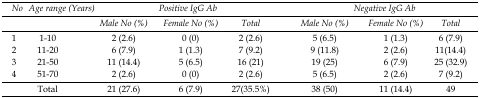
<table><thead><tr><td><b>No</b></td><td><b>Age range (Years)</b></td><td colspan="3"><b>Positive IgG Ab</b></td><td colspan="3"><b>Negative IgG Ab</b></td></tr><tr><td>[EMPTY_CELL]</td><td>[EMPTY_CELL]</td><td><b>Male No (%)</b></td><td><b>Female No (%)</b></td><td><b>Total</b></td><td><b>Male No (%)</b></td><td><b>Female No (%)</b></td><td><b>Total</b></td></tr></thead><tbody><tr><td>1</td><td>1-10</td><td>2 (2.6)</td><td>0 (0)</td><td>2 (2.6)</td><td>5 (6.5)</td><td>1 (1.3)</td><td>6 (7.9)</td></tr><tr><td>2</td><td>11-20</td><td>6 (7.9)</td><td>1 (1.3)</td><td>7 (9.2)</td><td>9 (11.8)</td><td>2 (2.6)</td><td>11(14.4)</td></tr><tr><td>3</td><td>21-50</td><td>11 (14.4)</td><td>5 (6.5)</td><td>16 (21)</td><td>19 (25)</td><td>6 (7.9)</td><td>25 (32.9)</td></tr><tr><td>4</td><td>51-70</td><td>2 (2.6)</td><td>0 (0)</td><td>2 (2.6)</td><td>5 (6.5)</td><td>2 (2.6)</td><td>7 (9.2)</td></tr><tr><td>[EMPTY_CELL]</td><td>Total</td><td>21 (27.6)</td><td>6 (7.9)</td><td>27(35.5%)</td><td>38 (50)</td><td>11 (14.4)</td><td>49</td></tr></tbody></table>